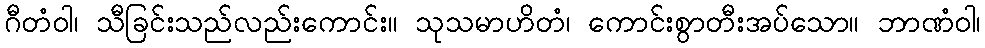
ဂီတံဝါ၊ သီခြင်းသည်လည်းကောင်း။ သုသမာဟိတံ၊ ကောင်းစွာတီးအပ်သော။ ဘာဏံဝါ၊